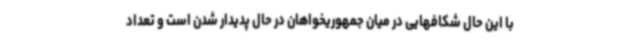
با این حال شکافهایی در میان جمهوریخواهان در حال پدیدار شدن است و تعداد